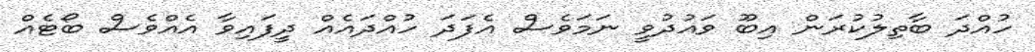
ހުއްދަ ބާތިލުކުރަން އިބޫ ވައުދުވީ ނަމަވެސް އެފަދަ ހުއްދައެއް ދީފައިވާ އެއްވެސް ބޯޓެއް